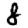
Digit: 8